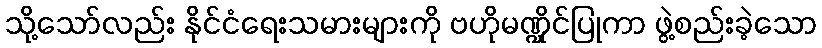
သို့သော်လည်း နိုင်ငံရေးသမားများကို ဗဟိုမဏ္ဍိုင်ပြုကာ ဖွဲ့စည်းခဲ့သော